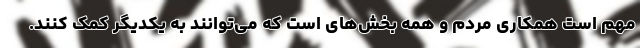
مهم است همکاری مردم و همه بخش‌های است که می‌توانند به یکدیگر کمک کنند.